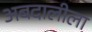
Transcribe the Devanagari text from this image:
अबदालीला